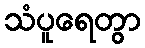
သံပူရေတွာ